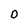
Character: D